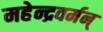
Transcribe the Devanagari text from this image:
महेन्द्रवर्मन्